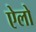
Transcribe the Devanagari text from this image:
ऐलो